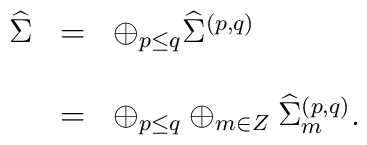
\begin{array}{lcl}{\widehat \Sigma}&=&\oplus_{p\leq q}{\widehat \Sigma}^{(p,q)} \\\\&=& \oplus_{p\leq q}\oplus_{m\in Z}{\widehat \Sigma}_{m}^{(p,q)}.\end{array}